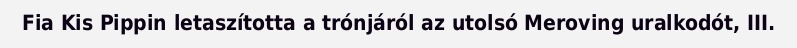
Fia Kis Pippin letaszította a trónjáról az utolsó Meroving uralkodót, III.